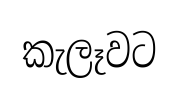
කැලෑවට